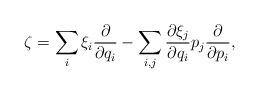
LaTeX: \begin{align*}\zeta=\sum_i\xi_i\frac{\partial}{\partial q_i}-\sum_{i,j}\frac{\partial\xi_j}{\partial q_i}p_j\frac{\partial}{\partial p_i},\end{align*}